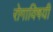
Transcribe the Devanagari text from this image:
रोगाविषयी